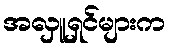
အလှူရှင်များက